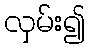
လှမ်း၍